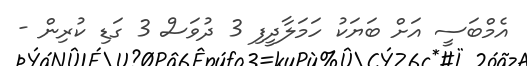
އެމްބަސީ އަށް ބަޔަކު ހަމަލާދީފި 3 ދުވަސް 3 ގަޑި ކުރިން -